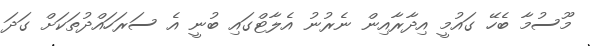
މޫސުމާ ބެހޭ ގައުމީ އިދާރާއިން ނެރުނު އެލާޓްގައި ބުނީ އެ ސަރަހައްދުތަކަށް ގަދަ